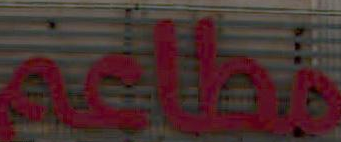
مطاعم